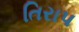
તિરાપ